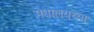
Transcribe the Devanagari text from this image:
मेघालयच्या